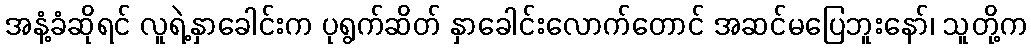
အနံ့ခံဆိုရင် လူရဲ့နှာခေါင်းက ပုရွက်ဆိတ် နှာခေါင်းလောက်တောင် အဆင်မပြေဘူးနော်၊ သူတို့က